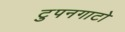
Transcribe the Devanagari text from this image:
टुपनगाटो